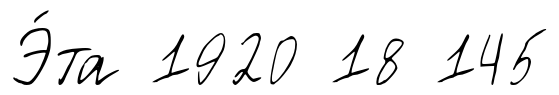
Э́та 1920 18 145